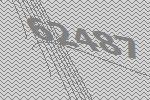
62487